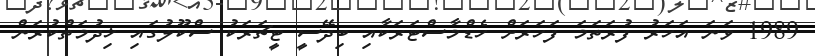
1989 ވަނަ އަހަރު ފުރަތަމަ ފަހަރަށް ހެޑްމާސްޓަރަކާއި ބިދޭސީ ޓީޗަރަކު ސްކޫލުގައި ޚިދުމަތްކުރަން